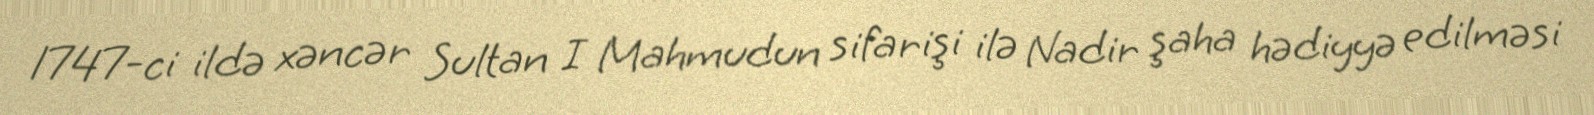
1747-ci ildə xəncər Sultan I Mahmudun sifarişi ilə Nadir şaha hədiyyə edilməsi